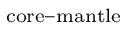
_ \mathrm { c o r e - m a n t l e }